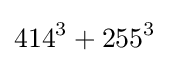
414^{3}+255^{3}